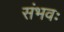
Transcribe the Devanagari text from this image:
संभवः